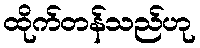
ထိုက်တန်သည်ဟု